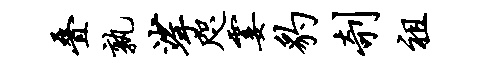
叠孰挲咫霎豹剞祖